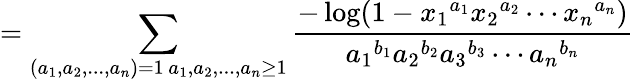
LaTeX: =\sum_{\substack{(a_{1},a_{2},...,a_{n})=1\, a_{1},a_{2},...,a_{n}\geq 1}}\frac{-\log(1-{x_{1}}^{a_{1}}{x_{2}}^{a_{2}}\cdots{x_{n}}^{a_{n}})}{{a_{1}}^{b_{1}}{a_{2}}^{b_{2}}{a_{3}}^{b_{3}}\cdots{a_{n}}^{b_{n}}}